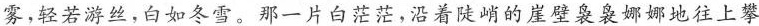
雾;轻若游丝，白如冬雪。那一片白茫茫，沿着陡峭的崖壁袅娜娜地往上攀